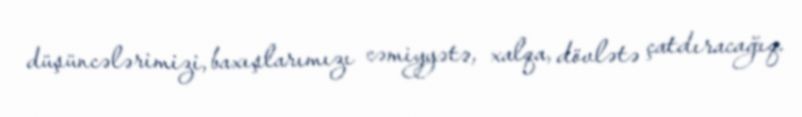
düşüncələrimizi, baxışlarımızı cəmiyyətə, xalqa, dövlətə çatdıracağıq.